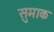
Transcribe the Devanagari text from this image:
सुमाक